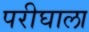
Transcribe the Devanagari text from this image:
परीघाला